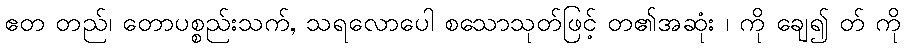
ဧတ တည်၊ တောပစ္စည်းသက်, သရလောပေါ စသောသုတ်ဖြင့် တ၏အဆုံး ၊ ကို ချေ၍ တ် ကို